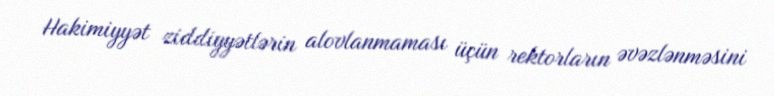
Hakimiyyət ziddiyyətlərin alovlanmaması üçün rektorların əvəzlənməsini